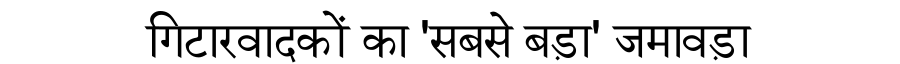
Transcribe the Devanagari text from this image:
गिटारवादकों का 'सबसे बड़ा' जमावड़ा